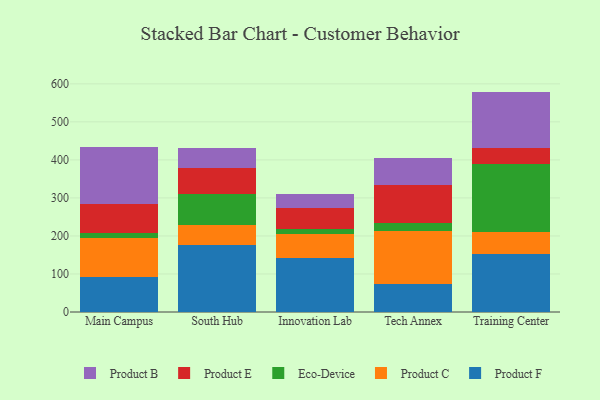
{"axis": {"x": "Campus", "y": "Demand Index"}, "legend": ["Eco-Device", "Product B", "Product C", "Product E", "Product F"], "data": [{"x": "Main Campus", "y": 91.7, "type": "Product F"}, {"x": "Main Campus", "y": 101.8, "type": "Product C"}, {"x": "Main Campus", "y": 14.7, "type": "Eco-Device"}, {"x": "Main Campus", "y": 76.0, "type": "Product E"}, {"x": "Main Campus", "y": 150.6, "type": "Product B"}, {"x": "South Hub", "y": 175.2, "type": "Product F"}, {"x": "South Hub", "y": 52.5, "type": "Product C"}, {"x": "South Hub", "y": 81.8, "type": "Eco-Device"}, {"x": "South Hub", "y": 68.1, "type": "Product E"}, {"x": "South Hub", "y": 53.0, "type": "Product B"}, {"x": "Innovation Lab", "y": 142.8, "type": "Product F"}, {"x": "Innovation Lab", "y": 61.9, "type": "Product C"}, {"x": "Innovation Lab", "y": 13.0, "type": "Eco-Device"}, {"x": "Innovation Lab", "y": 55.3, "type": "Product E"}, {"x": "Innovation Lab", "y": 37.3, "type": "Product B"}, {"x": "Tech Annex", "y": 74.5, "type": "Product F"}, {"x": "Tech Annex", "y": 139.7, "type": "Product C"}, {"x": "Tech Annex", "y": 20.0, "type": "Eco-Device"}, {"x": "Tech Annex", "y": 100.9, "type": "Product E"}, {"x": "Tech Annex", "y": 70.9, "type": "Product B"}, {"x": "Training Center", "y": 152.0, "type": "Product F"}, {"x": "Training Center", "y": 59.4, "type": "Product C"}, {"x": "Training Center", "y": 177.5, "type": "Eco-Device"}, {"x": "Training Center", "y": 42.1, "type": "Product E"}, {"x": "Training Center", "y": 148.6, "type": "Product B"}]}